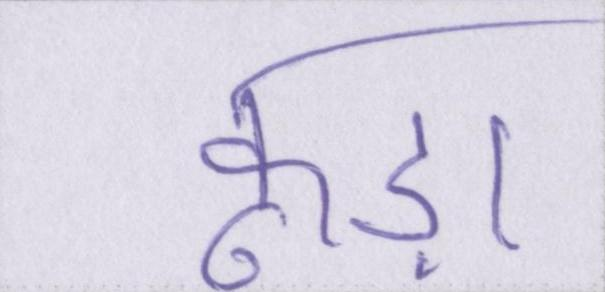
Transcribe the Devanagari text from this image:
कूड़ा